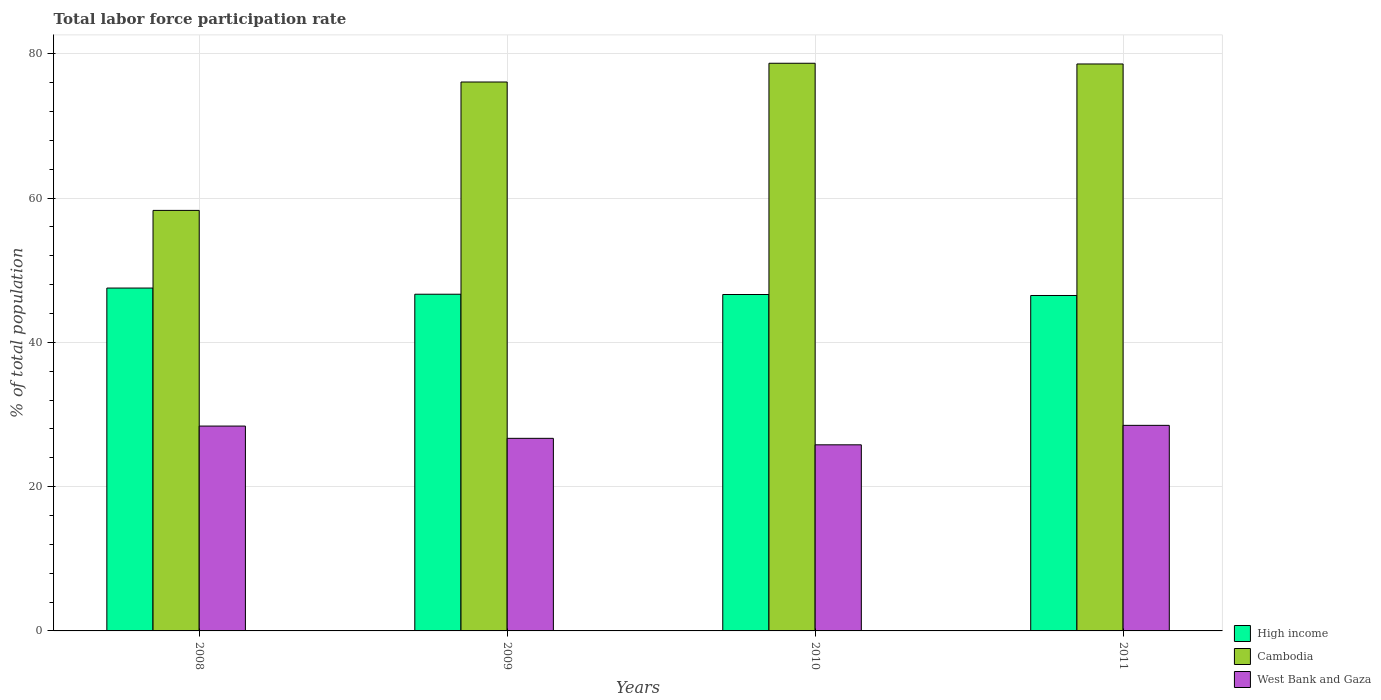
| Years | High income | Cambodia | West Bank and Gaza |
 | --- | --- | --- | --- |
 | 2008 | 47.5 | 58.3 | 28.4 |
 | 2009 | 46.7 | 76.1 | 26.7 |
 | 2010 | 46.6 | 78.7 | 25.8 |
 | 2011 | 46.5 | 78.6 | 28.5 |